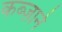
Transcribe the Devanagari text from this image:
कब्ज़ाने